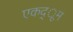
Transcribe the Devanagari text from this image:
एकद्ूम